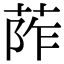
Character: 𦰼